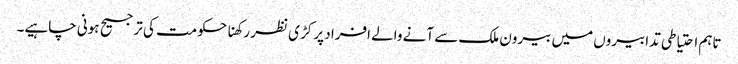
تاہم احتیاطی تدابیروں میں بیرون ملک سے آنے والے افراد پر کڑی نظر رکھنا حکومت کی ترجیح ہونی چاہیے۔